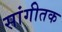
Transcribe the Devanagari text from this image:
सांगीतक